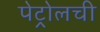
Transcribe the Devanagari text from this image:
पेट्रोलची